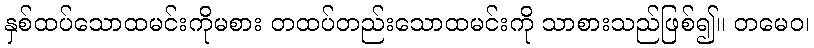
နှစ်ထပ်သောထမင်းကိုမစား တထပ်တည်းသောထမင်းကို သာစားသည်ဖြစ်၍။ တမေဝ၊